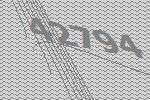
42794